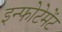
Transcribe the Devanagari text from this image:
इन्फोटेमेंट